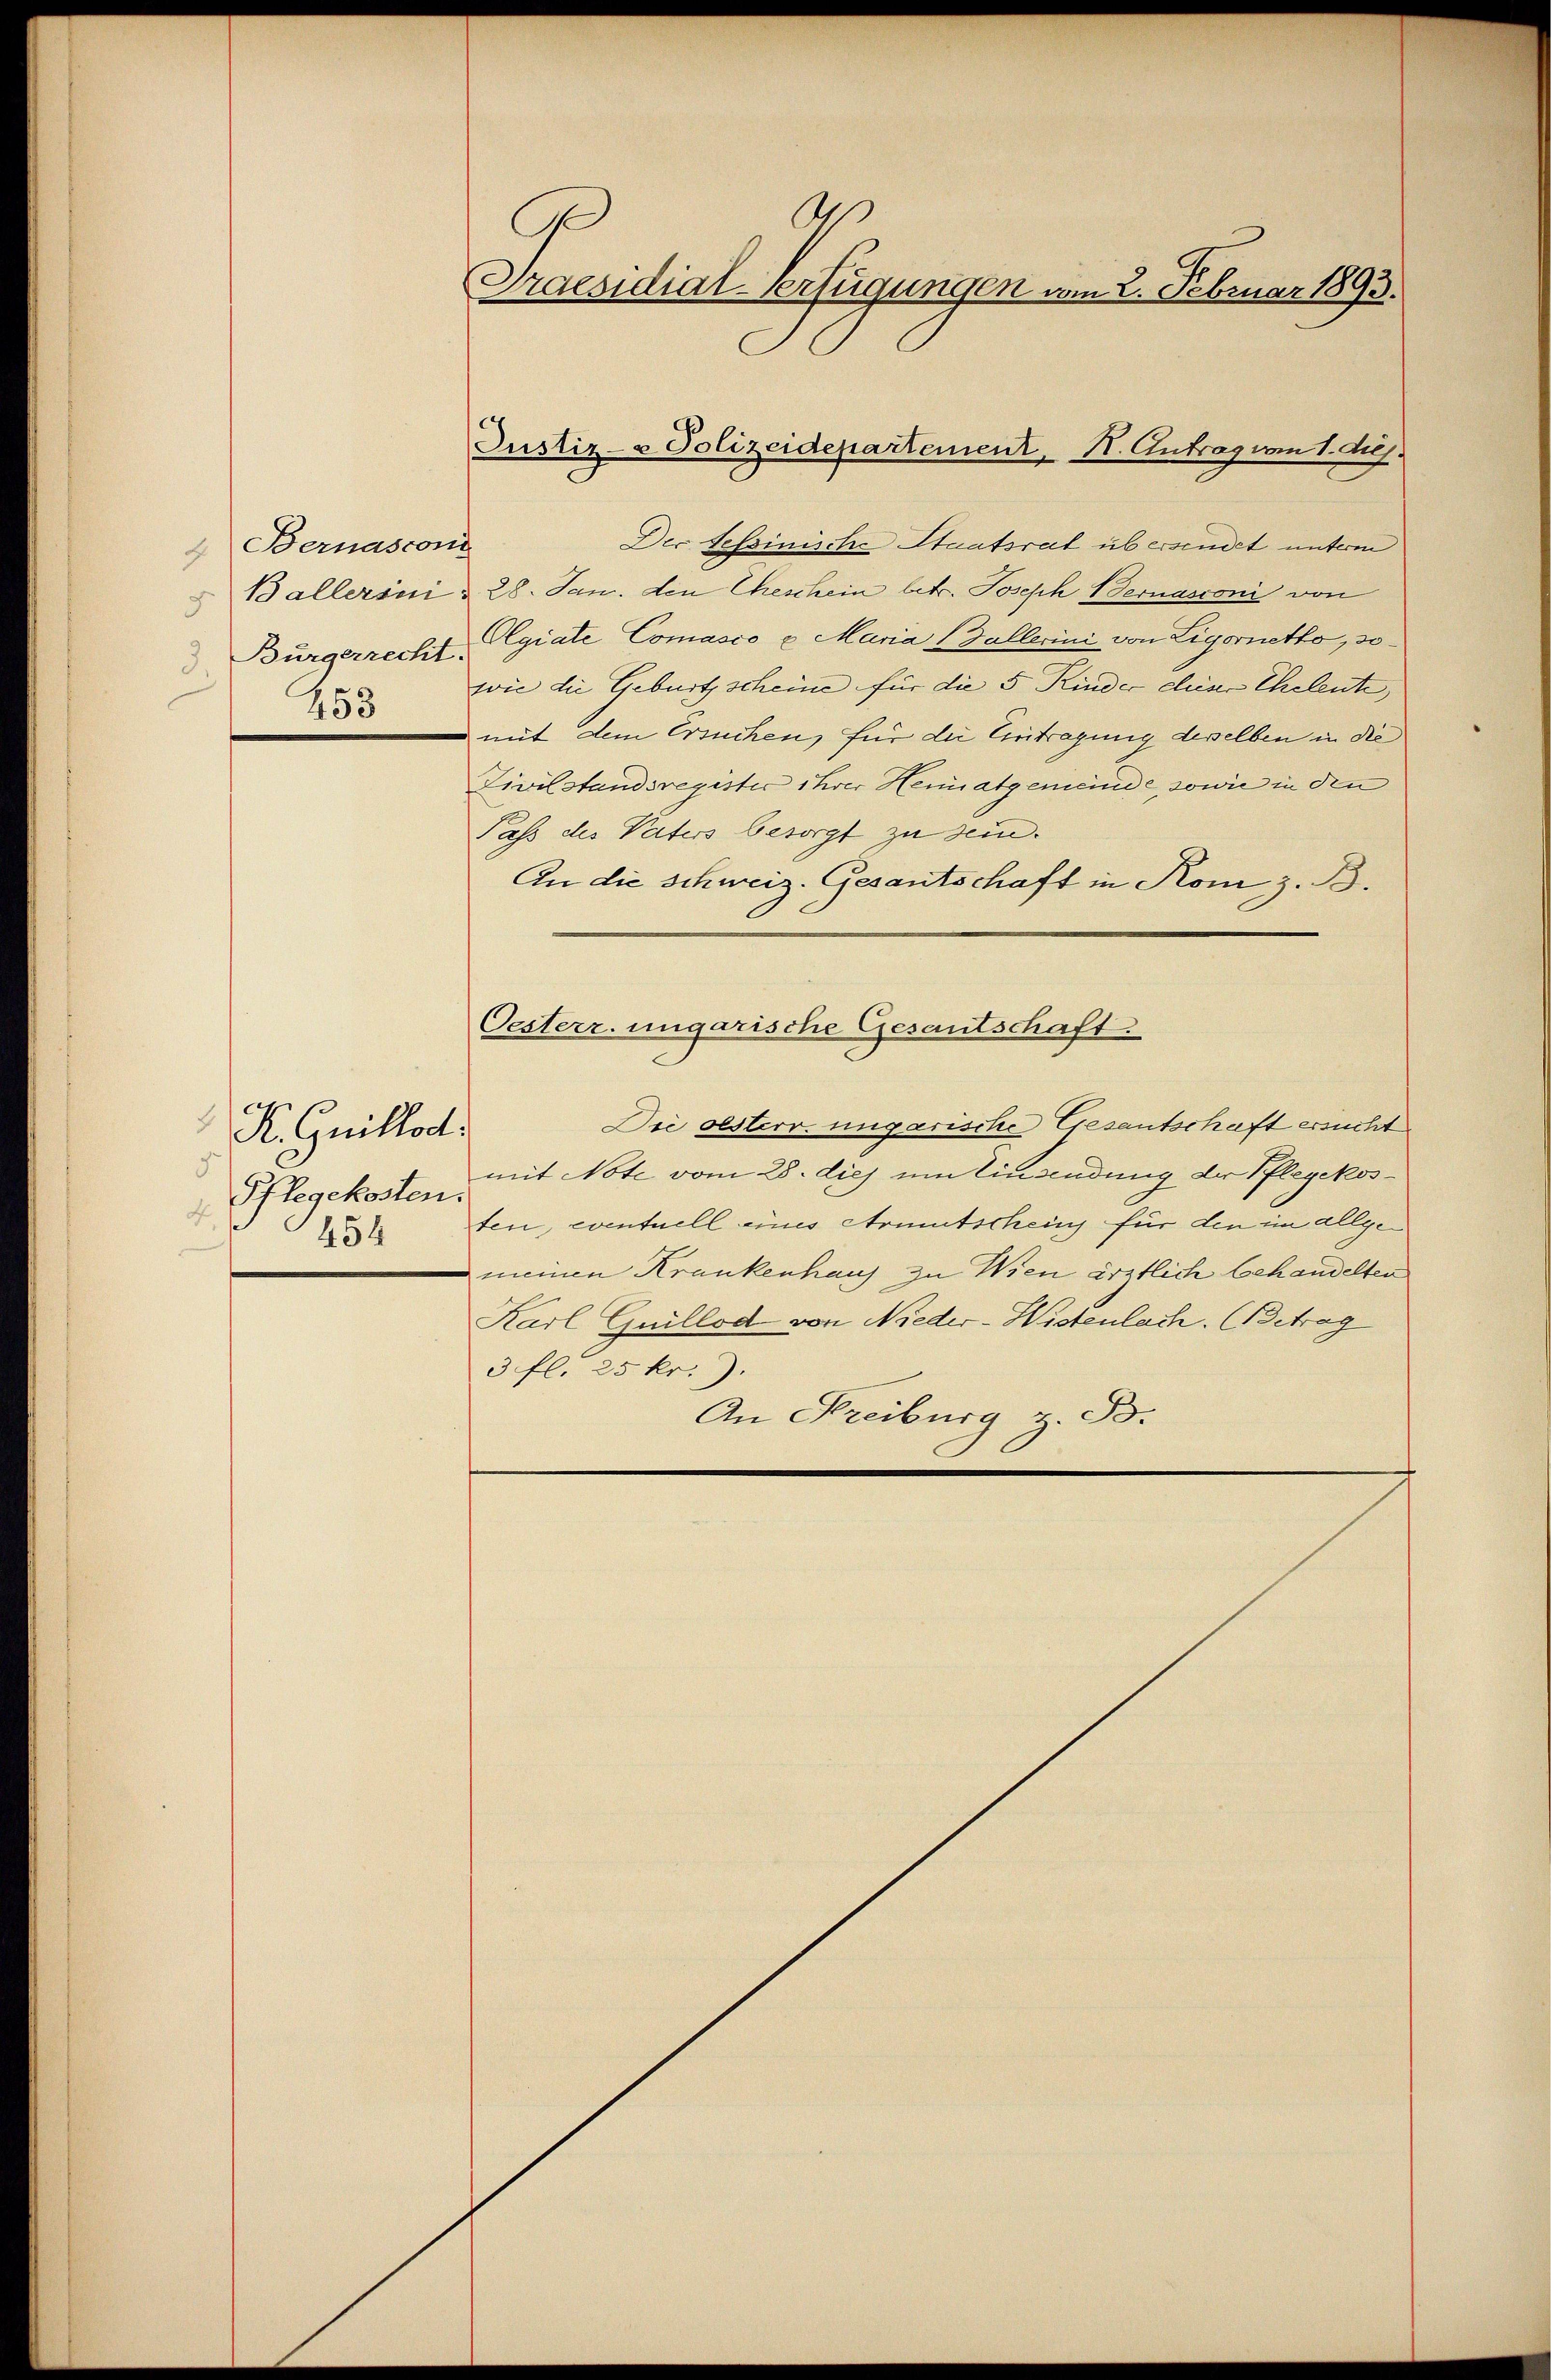
Bernasconi
5
Bürgerrecht.
3.
453

4
K. Guillod
d
Pflegekosten.
d
454

h
Praesidial-Verfügungen vom 2. Februar 1893.

Der Tessinische Staatsrat übersendet unterm
Ballerini d. 28. Jan. den Eheschein betr. Joseph Bernasconi von
Olgiate Comasio u Maria Gallerini von Ligornetto, sowie die Geburtsscheine für die 5 Kinder chine Eheleute,
mit dem Ersuchen, für die Eintragung desselben in die
Civilstandsregister ihrer Heimatgemeinde, sowie in den
Pass des Vaters besorgt zu sein.
An die Schweiz. Gesantschaft in Kom z. B.
Die oesterr. ungarische Gesantschaft ersucht
mit Note vom 28. dies um Einsendung der Pflegekosten, eventuell eines Armutschein für den im allgemeinen Krankenhaus zu Wien ärztlich behandelten
Karl Guillod von Nieder-Wistenlach. Betrag
3. fl. 25 kr.).
An Freiburg z. B.

Justiz- & Polizeidepartement, I. Antrag vom 1. ds.

Oesterr. ungarische Gesantschaft